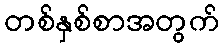
တစ်နှစ်စာအတွက်